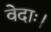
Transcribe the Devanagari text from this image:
वेदाः।